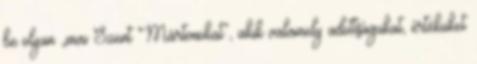
be olyan „mai Szent Mártonokat”, akik valamely adottságukat, értéküket